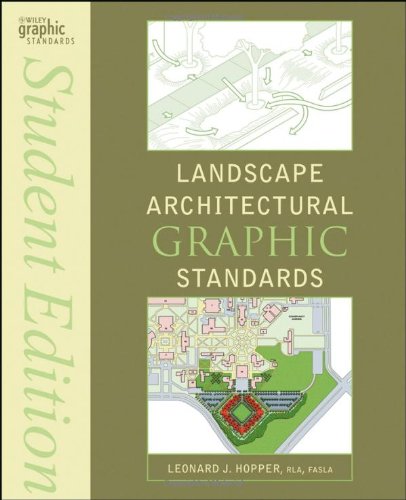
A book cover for Landscape Architectural Graphic Standards; Arts & Photography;